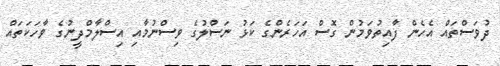
ދުވަސްތައް އެހެން ފާއިތުވަމުން ގޮސް އަހަރެންގެ ކަޅު ނަސްލުގެ ވިސްނުމާއި އިސްލާމްދީނުގެ ވާހަކަތައް